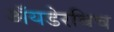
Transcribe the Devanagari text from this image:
अॅयडेरविच